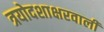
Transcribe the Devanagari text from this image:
त्रयोदशाक्षरवाली